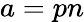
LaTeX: a=pn